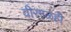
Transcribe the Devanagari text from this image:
वीरगळही